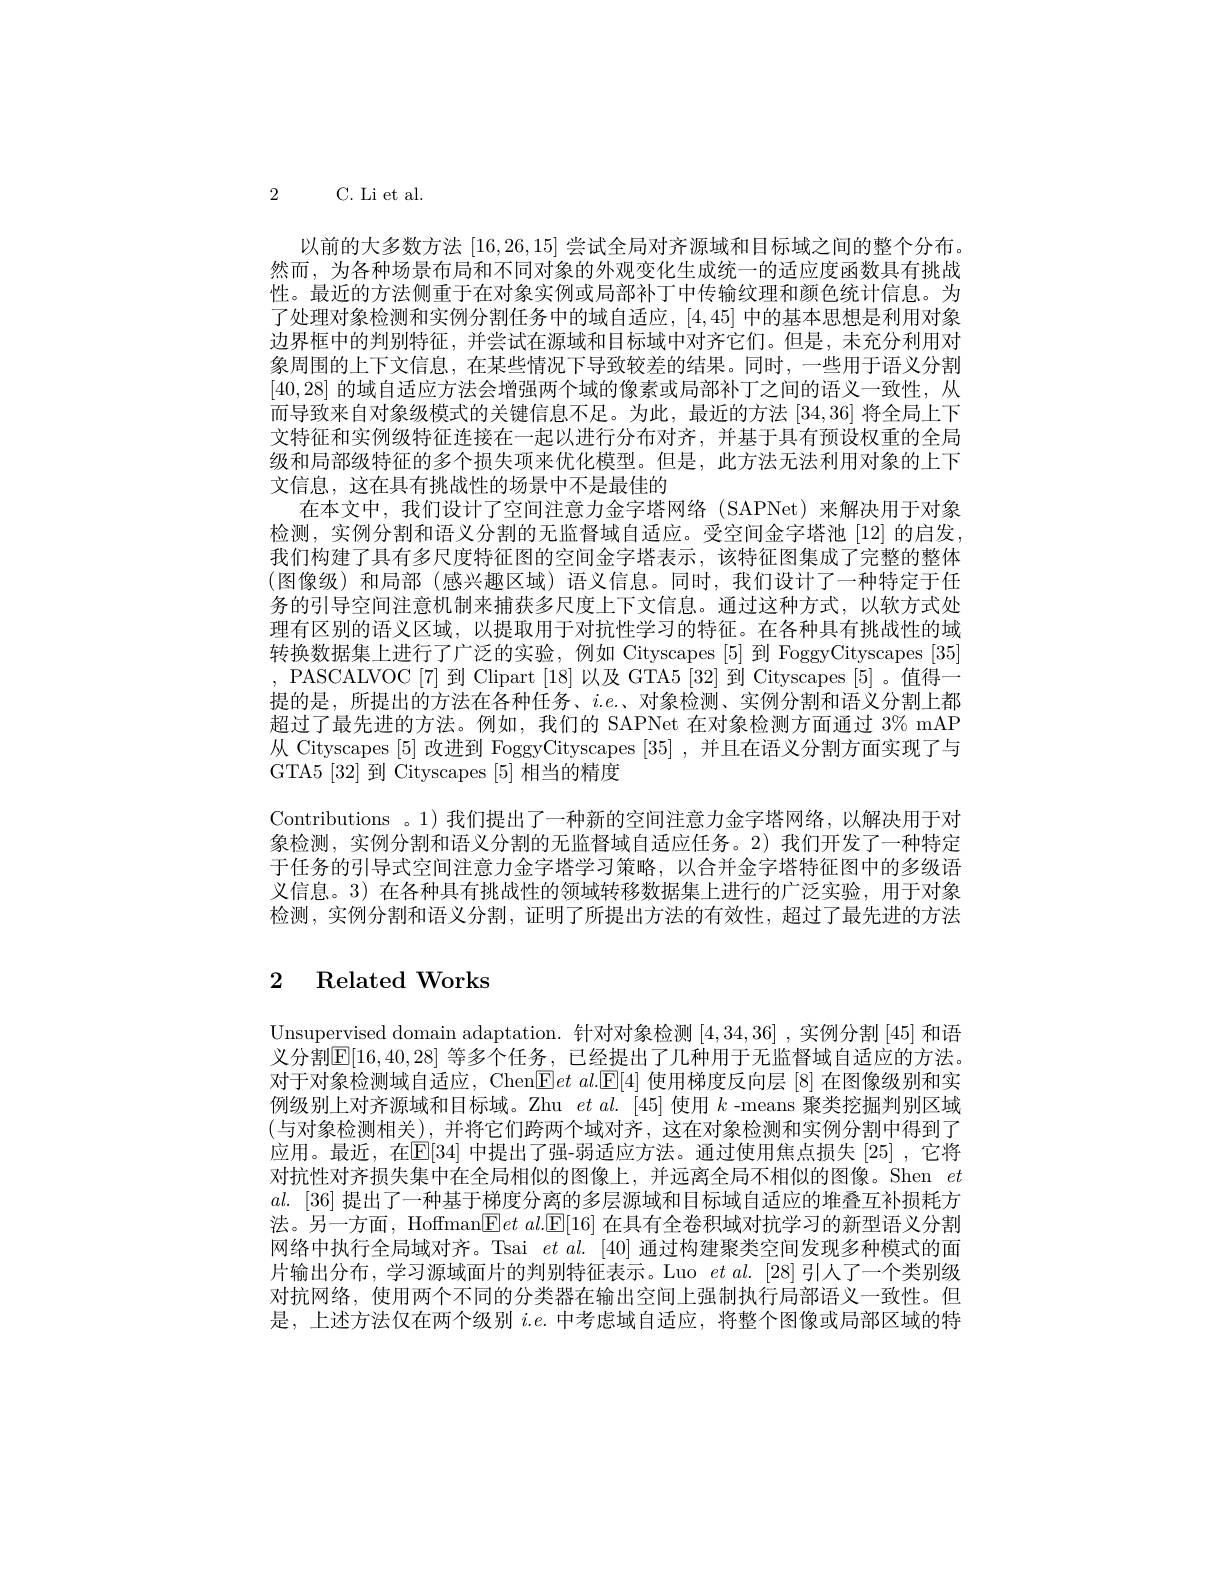
2 C. Li et al.

以前的大多数方法[16,26,15]尝试全局对齐源域和目标域之间的整个分布。然而，为各种场景布局和不同对象的外观变化生成统一的适应度函数具有挑战性。最近的方法侧重于在对象实例或局部补丁中传输纹理和颜色统计信息。为了处理对象检测和实例分割任务中的域自适应，[4,45]中的基本思想是利用对象边界框中的判别特征，并尝试在源域和目标域中对齐它们。但是，未充分利用对象周围的上下文信息，在某些情况下导致较差的结果。同时，一些用于语义分割[40,28]的域自适应方法会增强两个域的像素或局部补丁之间的语义一致性，从而导致来自对象级模式的关键信息不足。为此，最近的方法[34,36]将全局上下文特征和实例级特征连接在一起以进行分布对齐，并基于具有预设权重的全局级和局部级特征的多个损失项来优化模型。但是，此方法无法利用对象的上下文信息，这在具有挑战性的场景中不是最佳的
在本文中，我们设计了空间注意力金字塔网络(SAPNet)来解决用于对象检测，实例分割和语义分割的无监督域自适应。受空间金字塔池[12]的启发， 我们构建了具有多尺度特征图的空间金字塔表示，该特征图集成了完整的整体(图像级)和局部 (感兴趣区域)语义信息。同时，我们设计了一种特定于任务的引导空间注意机制来捕获多尺度上下文信息。通过这种方式，以软方式处理有区别的语义区域，以提取用于对抗性学习的特征。在各种具有挑战性的域转换数据集上进行了广泛的实验，例如 Cityscapes [5] 到 FoggyCityscapes [35] , PASCALVOC[7] 到 Clipart [18] 以及 GTA5 [32] 到 Cityscapes [5] 。值得一提的是，所提出的方法在各种任务、$i.e.$、对象检测、实例分割和语义分割上都超过了最先进的方法。例如，我们的 SAPNet 在对象检测方面通过 3% mAP 从 Cityscapes [5] 改进到 FoggyCityscapes [35] , 并且在语义分割方面实现了与GTA5 [32]到 Cityscapes [5]相当的精度
Contributions 。1) 我们提出了一种新的空间注意力金字塔网络，以解决用于对象检测，实例分割和语义分割的无监督域自适应任务。2)我们开发了一种特定于任务的引导式空间注意力金字塔学习策略，以合并金字塔特征图中的多级语义信息。3) 在各种具有挑战性的领域转移数据集上进行的广泛实验，用于对象检测，实例分割和语义分割，证明了所提出方法的有效性，超过了最先进的方法

# 2 Related Works

Unsupervised domain adaptation. 针对对象检测[4,34,36] ,实例分割|45|和语义分割$\mathbb{E}[16,40,28]$ 等多个任务，已经提出了几种用于无监督域自适应的方法。对于对象检测域自适应，Chen$\boxed{\mathrm{F} }et\textit{ al. [ E] }$使用梯度反向层 [8] 在图像级别和实例级别上对齐源域和目标域。Zhu $etal.$ [45]使用$k$ -means 聚类挖掘判别区域(与对象检测相关),并将它们跨两个域对齐，这在对象检测和实例分割中得到了应用。最近，在E[34] 中提出了强-弱适应方法。通过使用焦点损失[25] ,它将对抗性对齐损失集中在全局相似的图像上，并远离全局不相似的图像。Shen $et$ $al.$ [36]提出了一种基于梯度分离的多层源域和目标域自适应的堆叠互补损耗方法。另一方面，Hoffman$\boxed{\mathrm{F} }et\textit{ al. [ E[ 16] 在 具 有 全 卷 积 域 对 抗 学 习 的 新 型 语 义 分 割 }$ 网络中执行全局域对齐。Tsai $etal.[40]$通过构建聚类空间发现多种模式的面片输出分布，学习源域面片的判别特征表示。Luo $etal.[28]$引人了一个类别级对抗网络，使用两个不同的分类器在输出空间上强制执行局部语义一致性。但是，上述方法仅在两个级别$i.e.$中考虑域自适应，将整个图像或局部区域的特